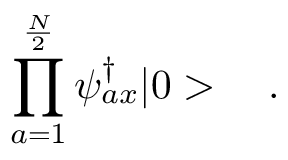
\prod _ { a = 1 } ^ { \frac { \cal N } { 2 } } \psi _ { a x } ^ { \dagger } | 0 > \quad .